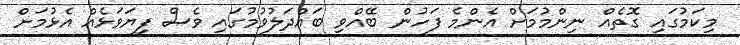
މިިކަމުގައި ގޮތެއް ނިންމުމަށް އެންމެ ފަހުން ބޭއްވި ބައްދަލުވުމުގައި ވެސް ފިޔަވަޅެއް އެޅުމަށް